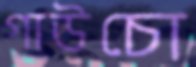
গাউচো